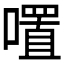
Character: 𭋏